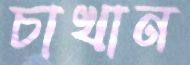
চাখান